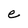
Character: e